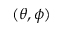
( \theta , \phi )